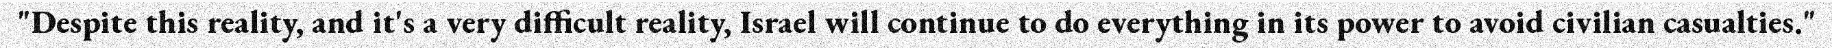
"Despite this reality, and it's a very difficult reality, Israel will continue to do everything in its power to avoid civilian casualties."